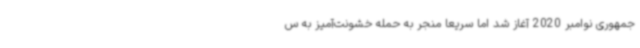
جمهوری نوامبر 2020 آغاز شد اما سریعا منجر به حمله خشونت‌آمیز به س